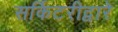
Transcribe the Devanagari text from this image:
सर्किटरीद्वारे